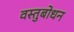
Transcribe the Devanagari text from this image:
वस्तुबोधन